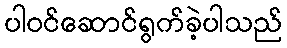
ပါဝင်ဆောင်ရွက်ခဲ့ပါသည်